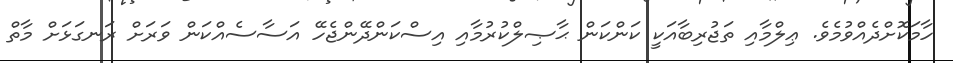
ހާމަކޮށްދެއްވުމެވެ. ޢިލްމާއި ތަޖުރިބާއަކީ ކަންކަން ޙާޞިލްކުރުމާއި އިސްކަންދޭންޖެހޭ އަސާސެއްކަން ވަރަށް ރަނގަޅަށް މާތް